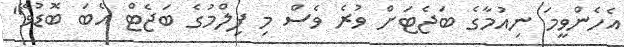
އެހެންވީމަ ނިއުމާގެ ބަޖެޓަށް ވުރެ ވެސް މި ފިލްމުގެ ބަޖެޓް އެބަ ބޮޑުވޭ"